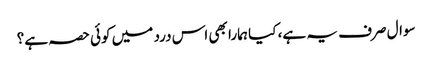
سوال صرف یہ ہے، کیا ہمارا بھی اس درد میں کوئی حصہ ہے؟